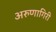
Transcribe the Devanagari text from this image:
अरुणागिरी